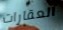
العقارات